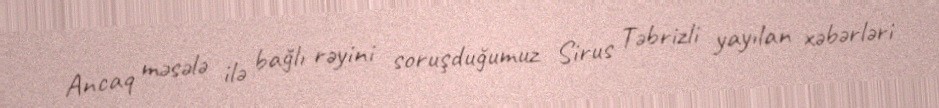
Ancaq məsələ ilə bağlı rəyini soruşduğumuz Sirus Təbrizli yayılan xəbərləri